Indian journal of veterinary science and animal husbandry - Volumes 22-23, 1952-1953
Year: 1952
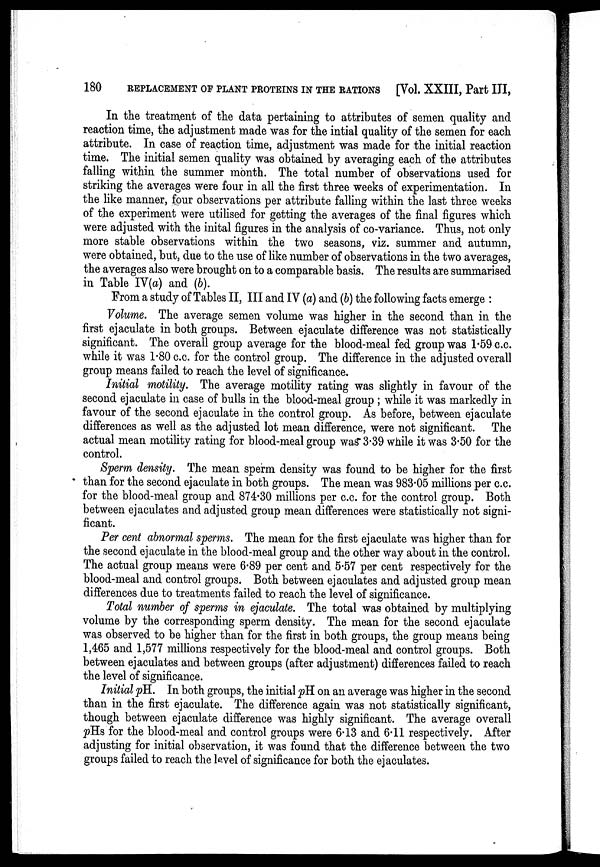
180
REPLACEMENT OF PLANT PROTEINS IN THE RATIONS [Vol. XXIII, Part III,
In the treatment of the data pertaining to attributes of semen quality and
reaction time, the adjustment made was for the intial quality of the semen for each
attribute. In case of reaction time, adjustment was made for the initial reaction
time. The initial semen quality was obtained by averaging each of the attributes
falling within the summer month. The total number of observations used for
striking the averages were four in all the first three weeks of experimentation. In
the like manner, four observations per attribute falling within the last three weeks
of the experiment were utilised for getting the averages of the final figures which
were adjusted with the inital figures in the analysis of co-variance. Thus, not only
more stable observations within the two seasons, viz. summer and autumn,
were obtained, but, due to the use of like number of observations in the two averages,
the averages also were brought on to a comparable basis. The results are summarised
in Table IV(a) and (b).
From a study of Tables II, III and IV (a) and (b) the following facts emerge :
Volume. The average semen volume was higher in the second than in the
first ejaculate in both groups. Between ejaculate difference was not statistically
significant. The overall group average for the blood-meal fed group was 1.59 c.c.
while it was 1.80 c.c. for the control group. The difference in the adjusted overall
group means failed to reach the level of significance.
Initial motility. The average motility rating was slightly in favour of the
second ejaculate in case of bulls in the blood-meal group ; while it was markedly in
favour of the second ejaculate in the control group. As before, between ejaculate
differences as well as the adjusted lot mean difference, were not significant. The
actual mean motility rating for blood-meal group was 3.39 while it was 3.50 for the
control.
Sperm density. The mean sperm density was found to be higher for the first
than for the second ejaculate in both groups. The mean was 983.05 millions per c.c.
for the blood-meal group and 874.30 millions per c.c. for the control group. Both
between ejaculates and adjusted group mean differences were statistically not signi-
ficant.
Per cent abnormal sperms. The mean for the first ejaculate was higher than for
the second ejaculate in the blood-meal group and the other way about in the control.
The actual group means were 6.89 per cent and 5.57 per cent respectively for the
blood-meal and control groups. Both between ejaculates and adjusted group mean
differences due to treatments failed to reach the level of significance.
Total number of sperms in ejaculate. The total was obtained by multiplying
volume by the corresponding sperm density. The mean for the second ejaculate
was observed to be higher than for the first in both groups, the group means being
1,465 and 1,577 millions respectively for the blood-meal and control groups. Both
between ejaculates and between groups (after adjustment) differences failed to reach
the level of significance.
Initial pH. In both groups, the initial pH on an average was higher in the second
than in the first ejaculate. The difference again was not statistically significant,
though between ejaculate difference was highly significant. The average overall
pHs for the blood-meal and control groups were 6.13 and 6.11 respectively. After
adjusting for initial observation, it was found that the difference between the two
groups failed to reach the level of significance for both the ejaculates.